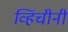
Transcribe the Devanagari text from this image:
व्हिंचीनी